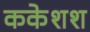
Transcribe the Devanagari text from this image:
ककेशश